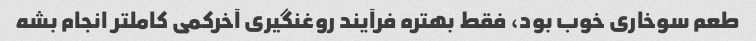
طعم سوخاری خوب بود، فقط بهتره فرآیند روغنگیری آخرکمی کاملتر انجام بشه